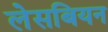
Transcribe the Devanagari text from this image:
लेसबियन